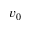
v _ { 0 }